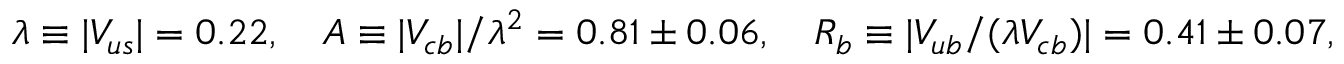
\lambda \equiv | V _ { u s } | = 0 . 2 2 , \quad A \equiv | V _ { c b } | / \lambda ^ { 2 } = 0 . 8 1 \pm 0 . 0 6 , \quad R _ { b } \equiv | V _ { u b } / ( \lambda V _ { c b } ) | = 0 . 4 1 \pm 0 . 0 7 ,